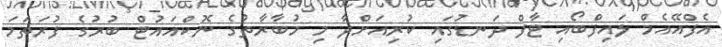
އެފްއޭއެމް ލައިފްބޯއި ޓާފް ދަނޑުގައި ކުރިއަށްދާ މި މުބާރާތުގެ ނޮކްއައުޓް ބުރުގެ ފުރަތަމަ